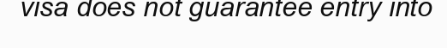
visa does not guarantee entry into